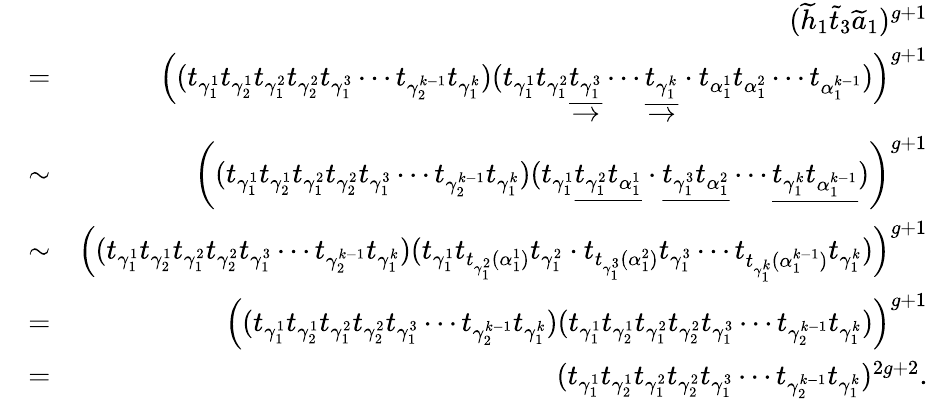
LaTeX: \begin{array}{rlr}&{}&{(\widetilde{h}_{1}\widetilde{t}_{3}\widetilde{a}_{1})^{g+1}}\\ &{=}&{\Bigl((t_{\gamma_{1}^{1}}t_{\gamma_{2}^{1}}t_{\gamma_{1}^{2}}t_{\gamma_{2}^{2}}t_{\gamma_{1}^{3}}\cdots t_{\gamma_{2}^{k-1}}t_{\gamma_{1}^{k}})(t_{\gamma_{1}^{1}}t_{\gamma_{1}^{2}}\underset{\rightarrow}{\underline{{t_{\gamma_{1}^{3}}}}}\cdots\underset{\rightarrow}{\underline{{t_{\gamma_{1}^{k}}}}}\cdot t_{\alpha_{1}^{1}}t_{\alpha_{1}^{2}}\cdots t_{\alpha_{1}^{k-1}})\Bigr)^{g+1}}\\ &{\sim}&{\left((t_{\gamma_{1}^{1}}t_{\gamma_{2}^{1}}t_{\gamma_{1}^{2}}t_{\gamma_{2}^{2}}t_{\gamma_{1}^{3}}\cdots t_{\gamma_{2}^{k-1}}t_{\gamma_{1}^{k}})(t_{\gamma_{1}^{1}}\underline{{t_{\gamma_{1}^{2}}t_{\alpha_{1}^{1}}}}\cdot\underline{{t_{\gamma_{1}^{3}}t_{\alpha_{1}^{2}}}}\cdots\underline{{t_{\gamma_{1}^{k}}t_{\alpha_{1}^{k-1}}}})\right)^{g+1}}\\ &{\sim}&{\Bigl((t_{\gamma_{1}^{1}}t_{\gamma_{2}^{1}}t_{\gamma_{1}^{2}}t_{\gamma_{2}^{2}}t_{\gamma_{1}^{3}}\cdots t_{\gamma_{2}^{k-1}}t_{\gamma_{1}^{k}})(t_{\gamma_{1}^{1}}t_{t_{\gamma_{1}^{2}}(\alpha_{1}^{1})}t_{\gamma_{1}^{2}}\cdot t_{t_{\gamma_{1}^{3}}(\alpha_{1}^{2})}t_{\gamma_{1}^{3}}\cdots t_{t_{\gamma_{1}^{k}}(\alpha_{1}^{k-1})}t_{\gamma_{1}^{k}})\Bigr)^{g+1}}\\ &{=}&{\Bigl((t_{\gamma_{1}^{1}}t_{\gamma_{2}^{1}}t_{\gamma_{1}^{2}}t_{\gamma_{2}^{2}}t_{\gamma_{1}^{3}}\cdots t_{\gamma_{2}^{k-1}}t_{\gamma_{1}^{k}})(t_{\gamma_{1}^{1}}t_{\gamma_{2}^{1}}t_{\gamma_{1}^{2}}t_{\gamma_{2}^{2}}t_{\gamma_{1}^{3}}\cdots t_{\gamma_{2}^{k-1}}t_{\gamma_{1}^{k}})\Bigr)^{g+1}}\\ &{=}&{(t_{\gamma_{1}^{1}}t_{\gamma_{2}^{1}}t_{\gamma_{1}^{2}}t_{\gamma_{2}^{2}}t_{\gamma_{1}^{3}}\cdots t_{\gamma_{2}^{k-1}}t_{\gamma_{1}^{k}})^{2g+2}.}\end{array}